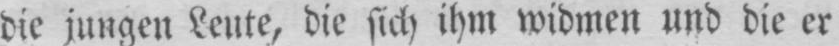
die jungen Leute, die sich ihm widmen und die er